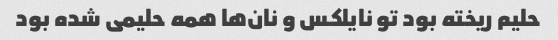
حلیم ریخته بود تو نایلکس و نان‌ها همه حلیمی شده بود